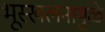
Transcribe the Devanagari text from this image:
भूस्खलनामुळे